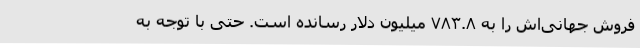
فروش جهانی‌اش را به ۷۸۳.۸ میلیون دلار رسانده است. حتی با توجه به